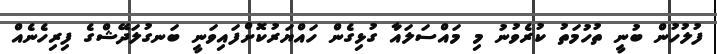
ފުލުހުން ބުނީ ތުހުމަތު ކުރެވުނު މި މައްސަލައާ ގުޅިގެން ހައްޔަރުކޮށްފައިވަނީ ބަނގުލަދޭޝްގެ ފިރިހެނެއް